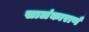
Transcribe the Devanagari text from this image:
सालंकाराणँ